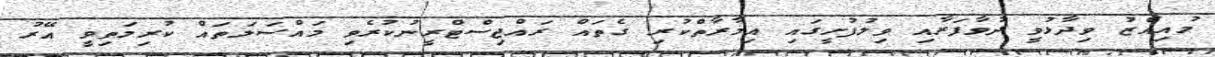
މުއިއްޒު ވިދާޅުވީ ދުވާފަރާއި ވިލުފުށީގައި އިމާރާތްކުރި ގެތައް ރައްޖިސްޓްރީނުކުރެވި މައްސަލަތައް ކުރިމަތިވީ އޭރު